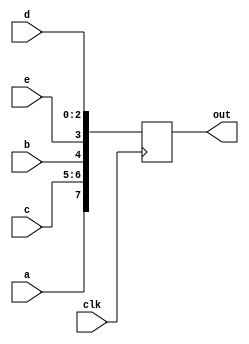
module nested_always_concat(
	input clk,
	input a, 
	input b, 
	input [1:0] c,
	input [2:0] d,
	input e,
	output reg [7:0] out
);

	always @(posedge clk) begin
		out <= {a,{c,b},{e,d}};
	end

endmodule